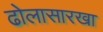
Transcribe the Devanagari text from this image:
ढोलासारखा